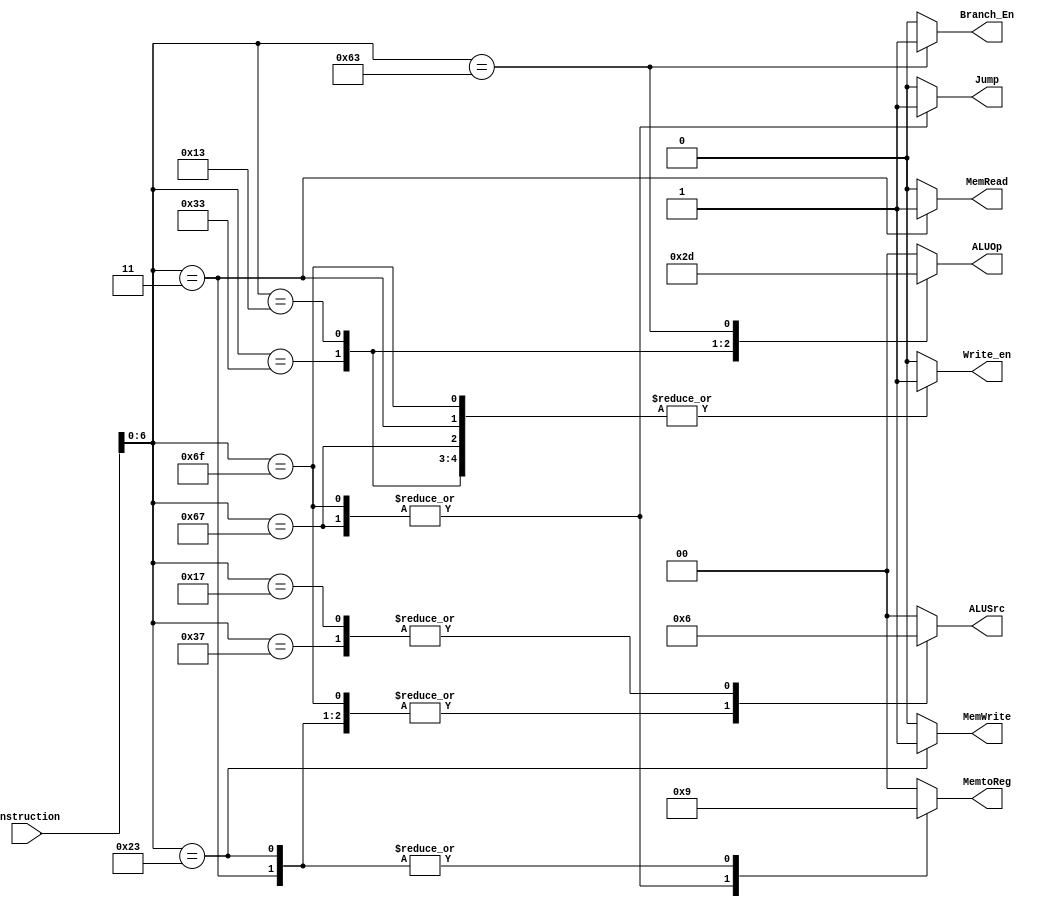
`timescale 1ns / 1ps
//////////////////////////////////////////////////////////////////////////////////
// Company: 
// Engineer: 
// 
// Design Name: 
// Module Name: Control_Unit
// Project Name: 
// Target Devices: 
// Tool Versions: 
// Description: 
// 
// Dependencies: 
// 
// Revision:
// Revision 0.01 - File Created
// Additional Comments:
// 
//////////////////////////////////////////////////////////////////////////////////


module Control_Unit(Instruction,Write_en,ALUSrc,ALUOp,MemtoReg,MemRead,MemWrite,Branch_En,Jump);
//<----------------PORT DECLARATION------------------------------>
    input [31:0] Instruction;   
    output reg Write_en;
    output reg [1:0] ALUSrc;
    output reg [1:0]ALUOp;
    output reg [1:0] MemtoReg;
    output reg MemRead;
    output reg MemWrite;
    output reg Jump;
  //  output reg PCSrc;
    output reg Branch_En;
    // Divide and Declare the Instruction Part......
    reg [6:0] opcode;                         // Opcode (7 bits)
  
    always @(*)
        begin
            opcode=Instruction[6:0];
        end
     //<------------------------------------------------------------>
     always @ (*)
        begin
            case(opcode)
                7'b0110011 :                        // R-Type Instruction Set
                    begin
                        Write_en <= 1'b1;
                        ALUSrc <= 2'b00;
                        ALUOp <= 2'b10;
                        MemtoReg <= 2'b00;
                        MemRead <= 1'b0;
                        MemWrite <= 1'b0;
                      //  PCSrc <= 1'b0;
                        Branch_En <= 1'b0;
                        Jump <= 1'b0;
                    end
                7'b0010011 :                         // I-Type Instruction Set
                    begin
                        Write_en <= 1'b1;
                        ALUSrc <= 2'b01;
                        ALUOp <= 2'b11;
                        MemtoReg <= 2'b00;
                        MemRead <= 1'b0; 
                        MemWrite <= 1'b0;
                    //    PCSrc <= 1'b0;
                        Branch_En <= 1'b0;
                        Jump <= 1'b0;
                      
                    end
                7'b0000011 :                       // LOAD-STORE Instruction Set 
                    begin
                        Write_en <= 1'b1;
                        ALUSrc <= 2'b01;
                        ALUOp <= 2'b00;
                        MemtoReg <= 2'b01;
                        MemRead <= 1'b1; 
                        MemWrite <= 1'b0;
                     //   PCSrc <= 1'b0;
                        Branch_En <= 1'b0;
                        Jump <= 1'b0;
                    end
                7'b1101111 :                      // J-Type Instruction Set
                    begin
                        Write_en <= 1'b1;
                        ALUSrc <= 2'b01;
                        ALUOp <= 2'b00;
                        MemtoReg <= 2'b10;
                        MemRead <= 1'b0; 
                        MemWrite <= 1'b0;
                    //    PCSrc <= 1'b1;
                        Branch_En <= 1'b0;  
                        Jump <= 1'b1;
                    end
                7'b1100111 :                      // I-Type Jump Instruction Set
                    begin
                        Write_en <= 1'b1;
                        ALUSrc <= 2'b01;
                        ALUOp <= 2'b00;
                        MemtoReg <= 2'b10;
                        MemRead <= 1'b0; 
                        MemWrite <= 1'b0;
                        //  PCSrc <= 1'b1;
                        Branch_En <= 1'b0;  
                        Jump <= 1'b1;
                         
                    end    
                7'b0100011 :                     // S-Type Instruction Set
                    begin
                        Write_en <= 1'b0;
                        ALUSrc <= 2'b01;
                        ALUOp <= 2'b00;
                        MemtoReg <= 2'b01;
                        MemRead <= 1'b0; 
                        MemWrite <= 1'b1;
                    //    PCSrc <= 1'b0;
                        Branch_En <= 1'b0;
                        Jump <= 1'b0;
                    end 
                7'b1100011 :                      // B-Type Instruction Set
                    begin
                        Write_en <= 1'b0;
                        ALUSrc <= 2'b00;
                        ALUOp <= 2'b01;
                        MemtoReg <= 2'b00;
                        MemRead <= 1'b0; 
                        MemWrite <= 1'b0; 
                      //  PCSrc <= 1'b1; 
                        Branch_En <= 1'b1;
                        Jump <= 1'b0; 
                    end
                7'b0110111 :                      // U-Type Instruction Set
                    begin
                        Write_en <= 1'b0;
                        ALUSrc <= 2'b10;
                        ALUOp <= 2'b00;
                        MemtoReg <= 2'b00;
                        MemRead <= 1'b0; 
                        MemWrite <= 1'b0;
                    //    PCSrc <= 1'b1; 
                        Branch_En <= 1'b0;
                        Jump <= 1'b0;  
                    end
                 7'b0010111 :                      // U-Type Instruction Set
                    begin
                        Write_en <= 1'b0;   
                        ALUSrc <= 2'b10;    
                        ALUOp <= 2'b00;    
                        MemtoReg <= 2'b00; 
                        MemRead <= 1'b0;   
                        MemWrite <= 1'b0;  
                     //     PCSrc <= 1'b1;   
                        Branch_En <= 1'b0; 
                        Jump <= 1'b0;
                        end      
                default : begin
                        Write_en <= 1'b0;
                        ALUSrc <= 2'b00;
                        ALUOp <= 2'b00;
                        MemtoReg <= 2'b00;
                        MemRead <= 1'b0; 
                        MemWrite <= 1'b0;
                     //   PCSrc <= 1'b0;
                        Branch_En <= 1'b0;
                        Jump <= 1'b0;
                        
                end
            endcase
        end
        
endmodule